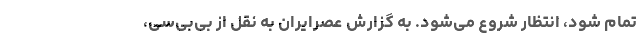
تمام شود، انتظار شروع می‌شود. به گزارش عصرایران به نقل از بی‌بی‌سی،